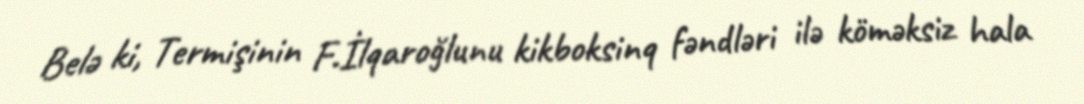
Belə ki, Termişinin F.İlqaroğlunu kikboksinq fəndləri ilə köməksiz hala